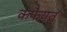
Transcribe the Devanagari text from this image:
कफैयत